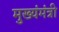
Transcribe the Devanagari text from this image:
मुख्यंमंत्री